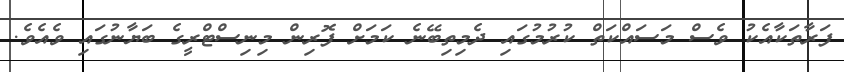
ފަރާތަކާއެކު ވެސް މަސައްކަތް ކުރުމުގައި ދެމިތިބޭނެ ކަމަށް ފޮރިން މިނިސްޓްރީގެ ބަޔާނުގައި ވެއެވެ.